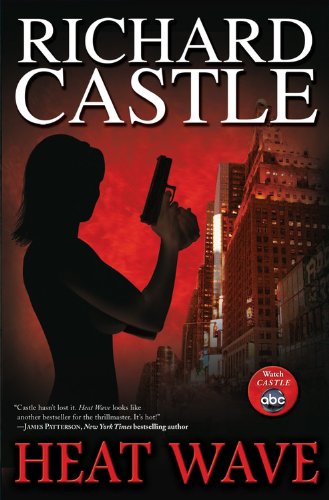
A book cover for Heat Wave, Premium Edition (Nikki Heat, Book 1); Richard Castle; Mystery, Thriller & Suspense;